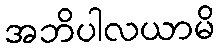
အဘိပါလယာမိ